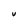
Character: U